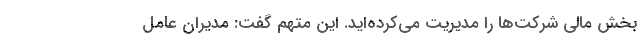
بخش مالی شرکت‌ها را مدیریت می‌کرده‌اید. این متهم گفت: مدیران عامل